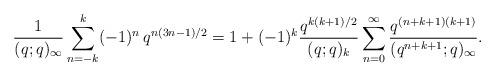
LaTeX: \begin{align*} \frac{1}{(q;q)_\infty} \sum_{n=-k}^{k} (-1)^{n}\, q^{n(3n-1)/2}= 1+(-1)^k\frac{q^{k(k+1)/2}}{(q;q)_k} \sum_{n=0}^\infty \frac{q^{(n+k+1)(k+1)}}{(q^{n+k+1};q)_\infty}.\end{align*}